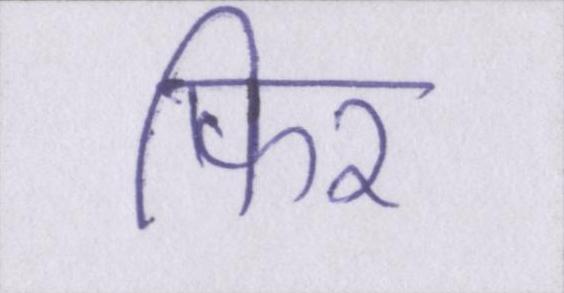
फिर